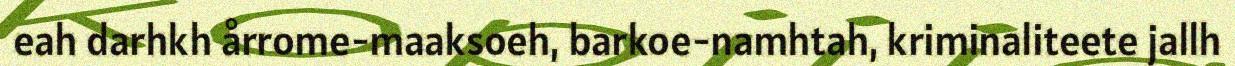
eah darhkh årrome-maaksoeh, barkoe-namhtah, kriminaliteete jallh